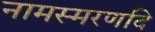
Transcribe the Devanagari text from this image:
नामस्मरणदि